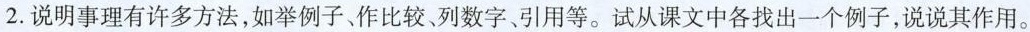
2.说明事理有许多方法，如举例子、作比较、列数字、引用等。试从课文中各找出一个例子，说说其作用。